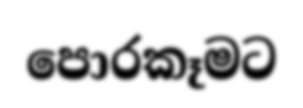
පොරකෑමට